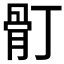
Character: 𩨑